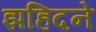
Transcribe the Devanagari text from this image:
झहिदने